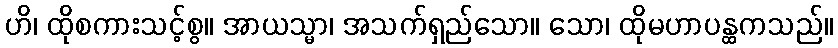
ဟိ၊ ထိုစကားသင့်စွ။ အာယသ္မာ၊ အသက်ရှည်သော။ သော၊ ထိုမဟာပန္ထကသည်။